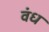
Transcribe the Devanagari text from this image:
वंध